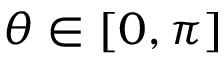
\theta \in [ 0 , \pi ]